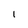
Character: 1